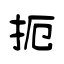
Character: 扼